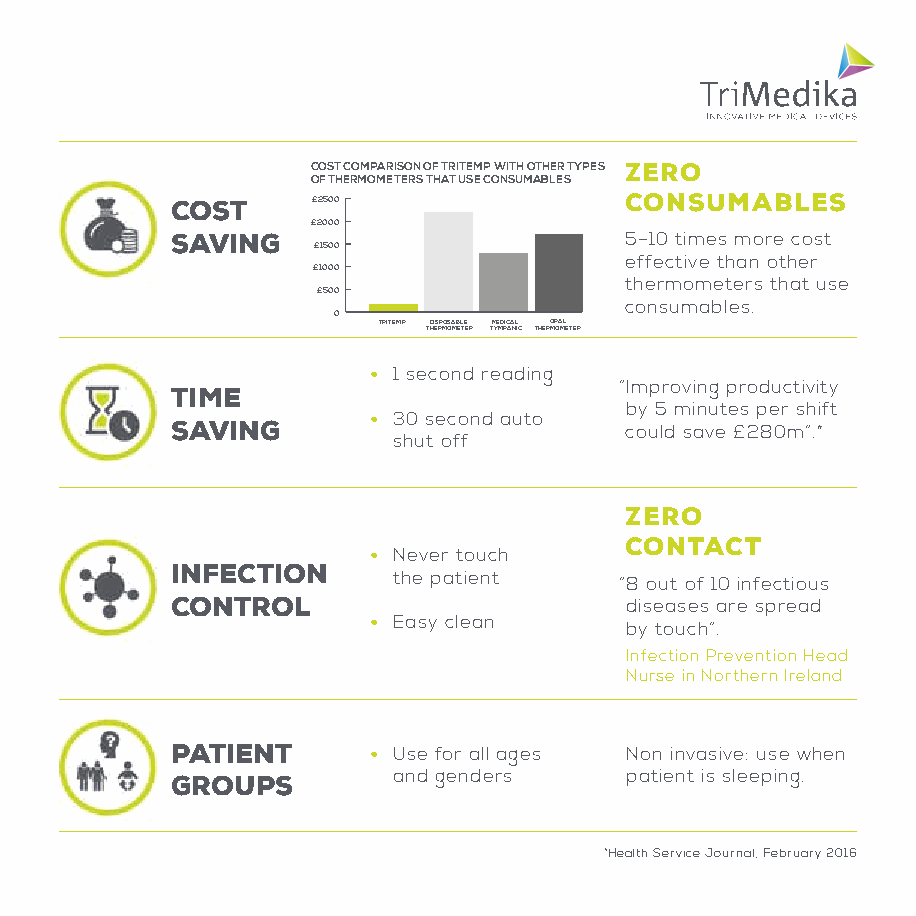
COST COMPARISON OF TRITEMP WITH OTHER TYPES ZERO
 OF THERMOMETERS THAT USE CONSUMABLES
 COST      £ 2500              CONSUMABLES
 £ 2000
 SAVING                        5–10 times more cost
 £ 1500
 effective than other
 £ 1000
 thermometers that use
 £ 500
 consumables.
 0
 TRITEMP DISPOSABLE MEDICAL ORAL
 THERMOMETER TYMPANIC THERMOMETER
 • 1 second reading
 “Improving productivity
 TIME
 by 5 minutes per shift
 • 30 second auto
 SAVING                        could save £280m”.*
 shut off
 ZERO
 CONTACT
 • Never touch
 INFECTION
 the patient    “8 out of 10 infectious
 CONTROL                       diseases are spread
 • Easy clean
 by touch”.
 Infection Prevention Head
 Nurse in Northern Ireland
 PATIENT      • Use for all ages Non invasive: use when
 and genders    patient is sleeping.
 GROUPS
 *Health Service Journal, February 2016